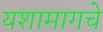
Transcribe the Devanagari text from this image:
यशामागचे